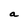
Character: a